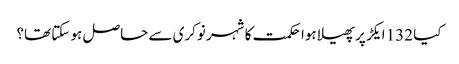
کیا 132 ایکڑ پر پھیلا ہوا حکمت کا شہر نوکری سے حاصل ہو سکتا تھا؟